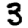
Digit: 3